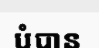
បំបាន